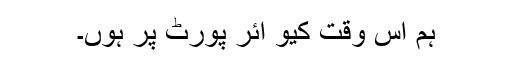
ہم اس وقت کیو ائر پورٹ پر ہوں۔